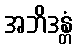
အဘိဒန္တံ